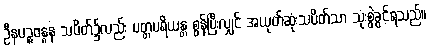
ဦနပဉ္စဗန္ဓန သပိတ်၌လည်း ပတ္တပရိယန္တ စွန့်ပြီးလျှင် အယုတ်ဆုံးသပိတ်သာ သုံးစွဲခွင့်ရသည်။